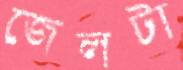
জেলটা